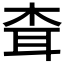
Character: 𦕂